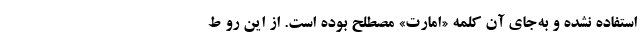
استفاده نشده و به‌جای آن کلمه «امارت» مصطلح بوده است. از این رو ط